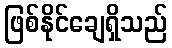
ဖြစ်နိုင်ချေရှိသည်